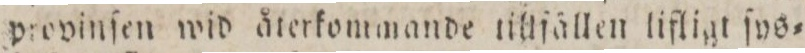
provinſen wid återkommande tillſällen lifligt ſys=